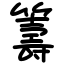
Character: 籌